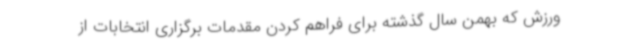
ورزش که بهمن سال گذشته برای فراهم کردن مقدمات برگزاری انتخابات از